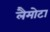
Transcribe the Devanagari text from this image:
लैमोटा